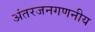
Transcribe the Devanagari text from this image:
अंतरजनगणनीय